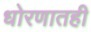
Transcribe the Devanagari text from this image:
धोरणातही